Vaccination United Provinces of Agra and Oudh 1923-1928 - 1923-1928
Year: 1923
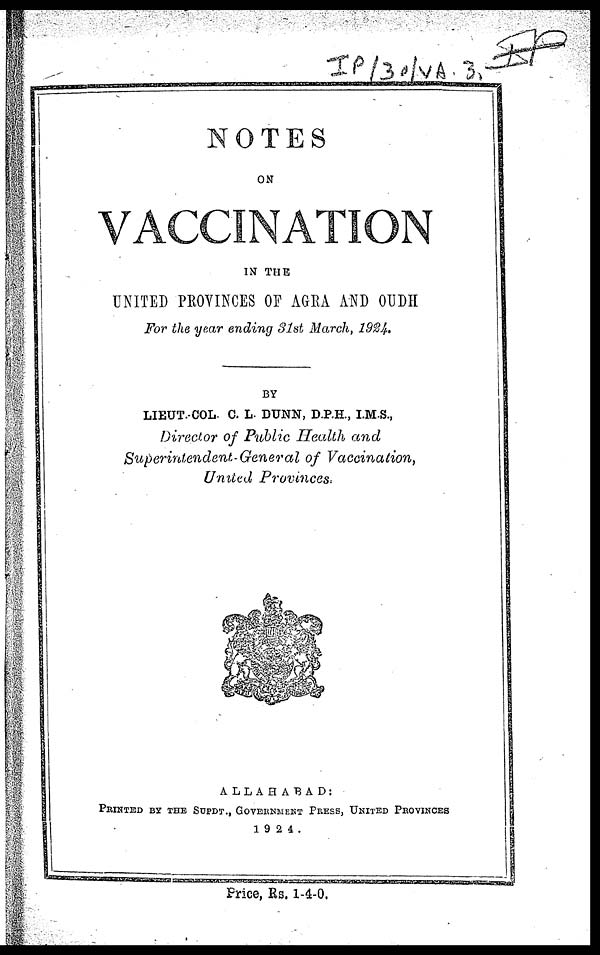
NOTES
ON
VACCINATION
IN THE
UNITED PROVINCES OF AGRA AND OUDH
For the year ending 31st March, 1924.
BY
LIEUT. COL. C. L. DUNN, D.P.H., I.M.S.,
Director of Public Health and
Superintendent-General of Vaccination,
United Provinces,
ALLAHABAD:
PRINTED BY THE SUPDT., GOVERNMENT PRESS, UNITED PROVINCES
1924.
Price, Rs. 1-4-0.